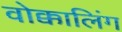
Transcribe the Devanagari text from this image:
वोक्कालिंग